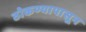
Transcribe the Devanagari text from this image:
ठोकण्यापासून